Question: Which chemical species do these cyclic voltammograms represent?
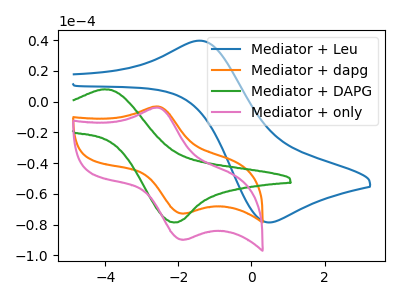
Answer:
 <answer>The blue curve is labeled "Mediator + Leu". The orange curve is labeled "Mediator + dapg". The green curve is labeled "Mediator + DAPG". The pink curve is labeled "Mediator + only".</answer>
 <eval></eval>